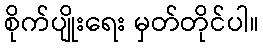
စိုက်ပျိုးရေး မှတ်တိုင်ပါ။